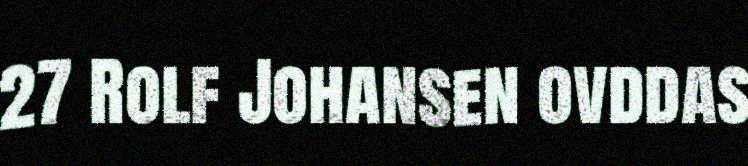
27 Rolf Johansen ovddas